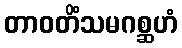
တာဝတိံသမဂစ္ဆဟံ